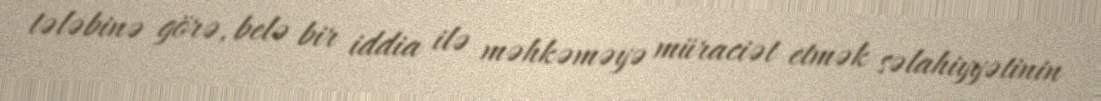
tələbinə görə, belə bir iddia ilə məhkəməyə müraciət etmək səlahiyyətinin